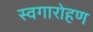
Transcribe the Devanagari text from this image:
स्वगारोहण